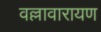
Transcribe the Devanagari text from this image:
वल्लावारायण